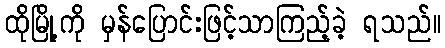
ထိုမြို့ကို မှန်ပြောင်းဖြင့်သာကြည့်ခဲ့ ရသည်။